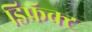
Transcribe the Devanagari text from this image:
डिफ्रॅक्ट